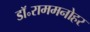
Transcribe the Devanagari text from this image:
डॉ॰राममनोहर